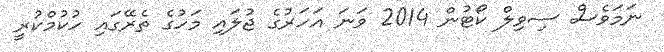
ނަމަވެސް ސިވިލް ކޯޓުން 2014 ވަނަ އަހަރުގެ ޖުލައި މަހުގެ ތެރޭގައި ހުކުމްކުރީ